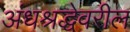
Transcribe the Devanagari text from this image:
अंधश्रद्धेवरील